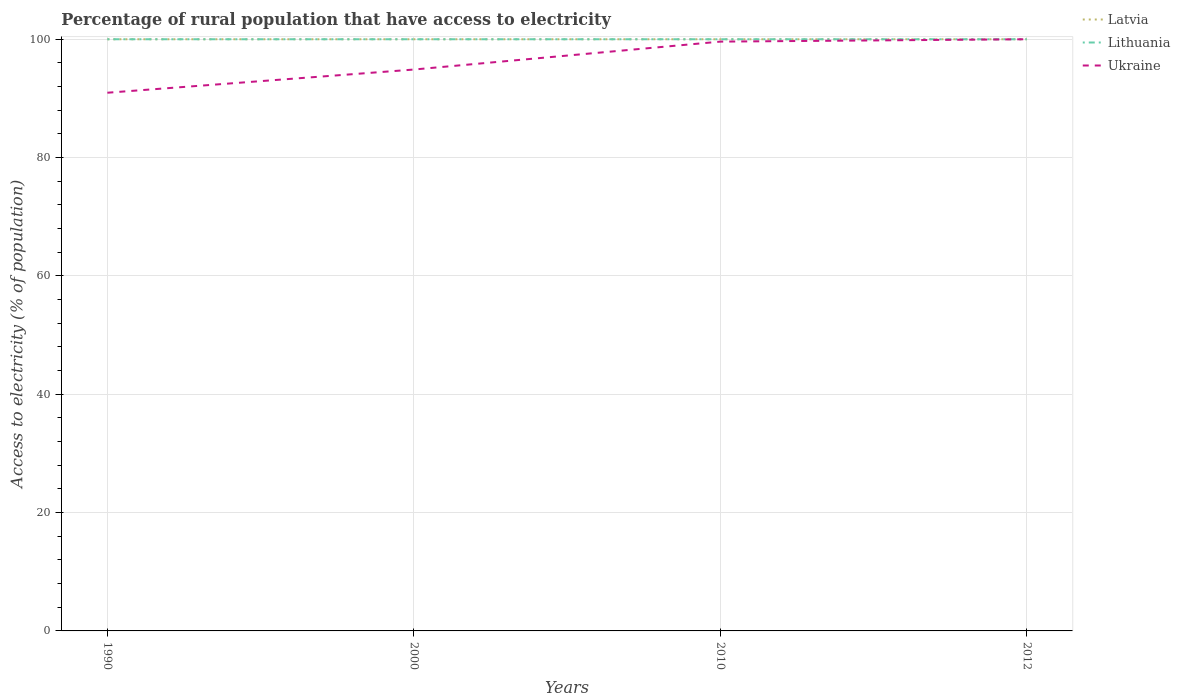
| Years | Latvia | Lithuania | Ukraine |
 | --- | --- | --- | --- |
 | 1990 | 100 | 100 | 91 |
 | 2000 | 100 | 100 | 94.9 |
 | 2010 | 100 | 100 | 99.6 |
 | 2012 | 100 | 100 | 100 |